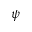
\psi